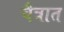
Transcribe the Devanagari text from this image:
चैत्रात